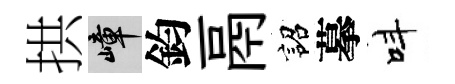
拱嶂鈞鬲詔摹呌